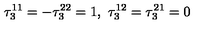
\tau _ { 3 } ^ { 1 1 } = - \tau _ { 3 } ^ { 2 2 } = 1 , \ \tau _ { 3 } ^ { 1 2 } = \tau _ { 3 } ^ { 2 1 } = 0